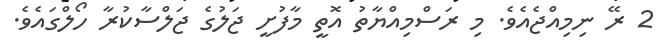
2 ރޭ ނިމިއްޖެއެވެ. މި ރަސްމިއްޔާތު އޮތީ މާފުށީ ޖަލުގެ ޖަލްސާކުރާ ހޯލްގައެވެ.